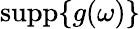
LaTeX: \operatorname{supp}\{ g(\omega)\}